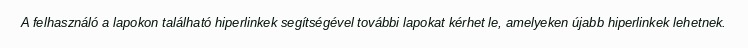
A felhasználó a lapokon található hiperlinkek segítségével további lapokat kérhet le, amelyeken újabb hiperlinkek lehetnek.